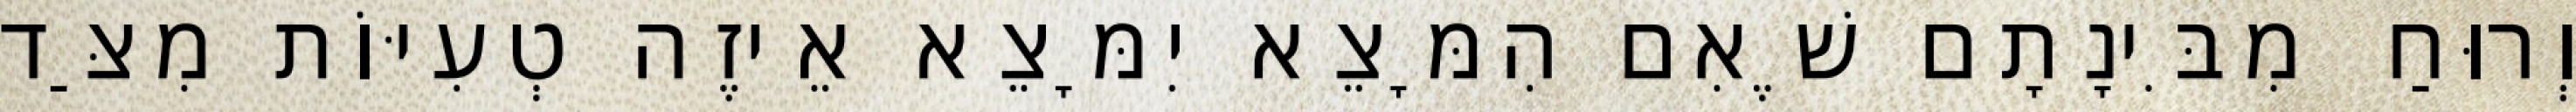
וְרוּחַ מִבִּינָתָם שֶׁאִם הִמָּצֵא יִמָּצֵא אֵיזֶה טְעִיּוֹת מִצַּד